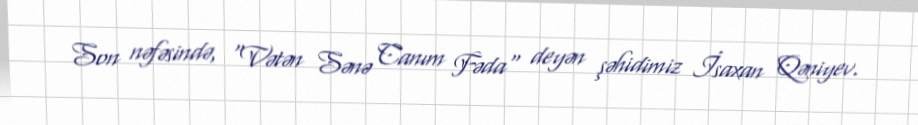
Son nəfəsində, "Vətən Sənə Canım Fəda" deyən şəhidimiz İsaxan Qəniyev.